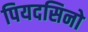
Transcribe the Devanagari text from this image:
पियदसिनो